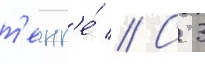
т'енг'е́ // С 3